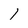
Character: 1